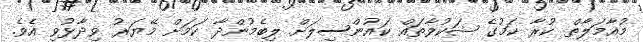
މުއާމަލާތް ކުރާ ކަމުގެ ޝަކުވާތައް ކައުންސިލަށް ލިބެމުންދާ ކަމަށް މޭޔަރު ވިދާޅުވި އެވެ.